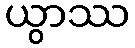
ယွာဿ